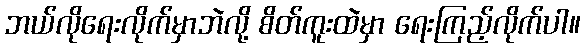
ဘယ်လိုရေးလိုက်မှာဘဲလို့ စိတ်ကူးထဲမှာ ရေးကြည့်လိုက်ပါ။